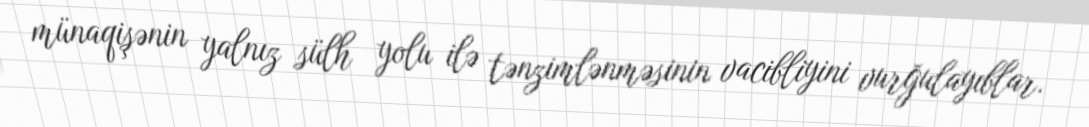
münaqişənin yalnız sülh yolu ilə tənzimlənməsinin vacibliyini vurğulayıblar.